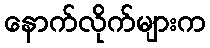
နောက်လိုက်များက